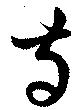
寺